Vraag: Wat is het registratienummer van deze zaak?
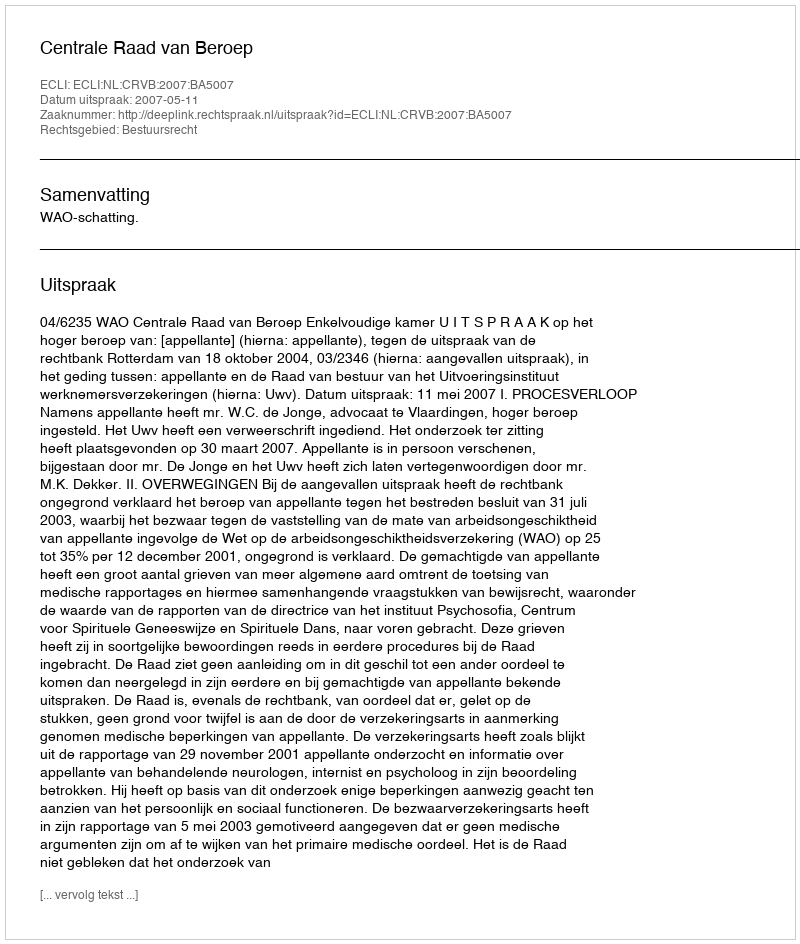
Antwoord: http://deeplink.rechtspraak.nl/uitspraak?id=ECLI:NL:CRVB:2007:BA5007